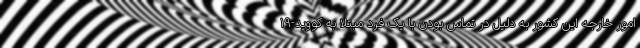
امور خارجه این کشور به دلیل در تماس بودن با یک فرد مبتلا به کووید-19